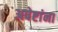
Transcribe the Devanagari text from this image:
अपेष्टांना